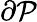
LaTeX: \partial\mathcal P